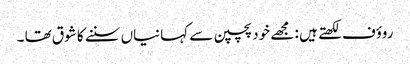
روؤف لکھتے ہیں : مجھے خود پچپن سے کہانیاں سننے کا شوق تھا ۔